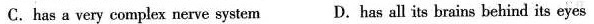
C.has a very complex nerve system D.has all its brains behind its eyes